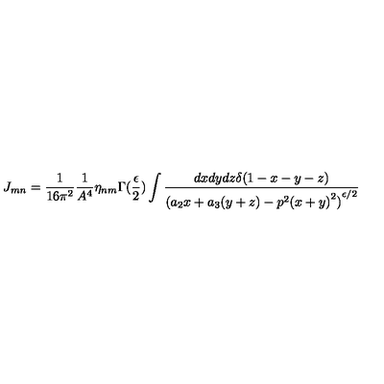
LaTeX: J _ { m n } = \frac { 1 } { 1 6 \pi ^ { 2 } } \frac { 1 } { A ^ { 4 } } \eta _ { n m } \Gamma ( \frac { \epsilon } { 2 } ) \int \frac { d x d y d z \delta ( 1 - x - y - z ) } { { ( a _ { 2 } x + a _ { 3 } ( y + z ) - p ^ { 2 } { ( x + y ) } ^ { 2 } ) } ^ { \epsilon / 2 } }